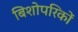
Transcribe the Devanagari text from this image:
बिशोपरिकों